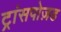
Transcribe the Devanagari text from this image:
ट्रांसपोज़ड